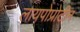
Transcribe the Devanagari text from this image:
लायपोप्रोटीन